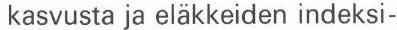
 kasvusta ja eläkkeiden indeksi-